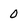
Character: 0